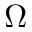
\Omega